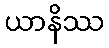
ယာနိဿ